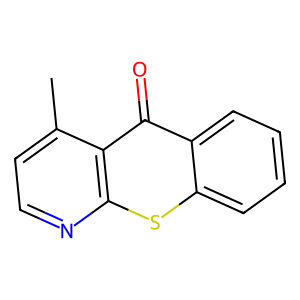
SMILES: Cc1ccnc2sc3ccccc3c(=O)c12
Inhibits HIV replication: No